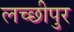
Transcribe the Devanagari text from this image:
लच्छीपुर